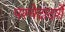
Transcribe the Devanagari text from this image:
पश्येदादर्शे